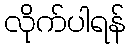
လိုက်ပါရန်